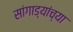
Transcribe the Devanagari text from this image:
सांगाड्यांच्या